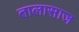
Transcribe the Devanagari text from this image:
तालासाज